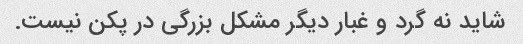
شاید نه گرد و غبار دیگر مشکل بزرگی در پکن نیست.